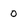
Character: 0